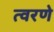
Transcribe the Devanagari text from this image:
त्वरणे